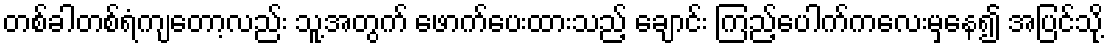
တစ်ခါတစ်ရံကျတော့လည်း သူ့အတွက် ဖောက်ပေးထားသည့် ချောင်း ကြည့်ပေါက်ကလေးမှနေ၍ အပြင်သို့